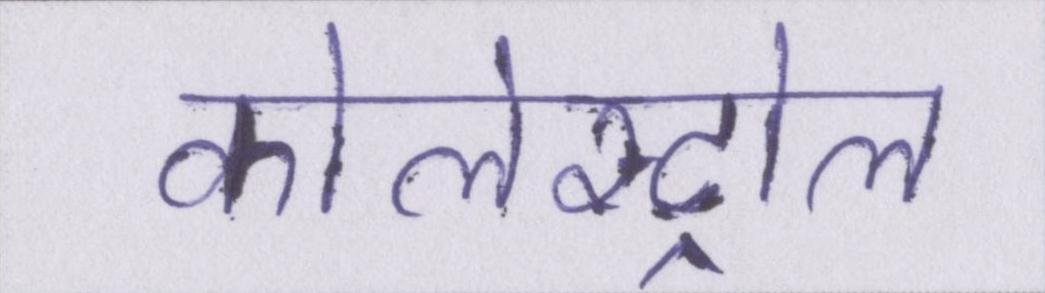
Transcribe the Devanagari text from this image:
कोलेस्ट्रोल